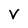
Character: V